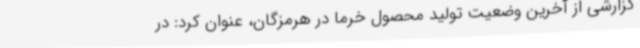
گزارشی از آخرین وضعیت تولید محصول خرما در هرمزگان، عنوان کرد: در